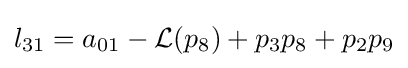
l_{31}=a_{01}-{\mathcal {L}}(p_{8})+p_{3}p_{8}+p_{2}p_{9}